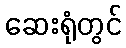
ဆေးရုံတွင်